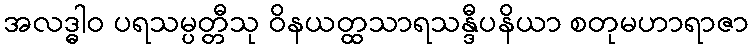
အလဒ္ဓါဝ ပရသမ္ပတ္တီသု ဝိနယတ္ထသာရသန္ဒီပနိယာ စတုမဟာရာဇာ